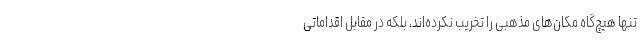
تنها هیچ‌گاه مکان‌های مذهبی را تخریب نکرده‌اند، بلکه در مقابل اقداماتی